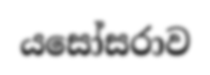
යසෝසරාව